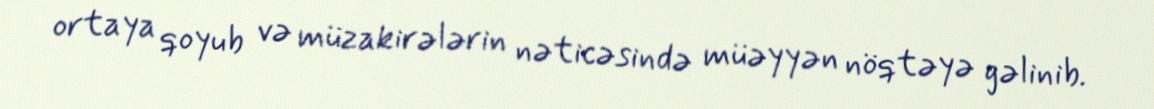
ortaya qoyub və müzakirələrin nəticəsində müəyyən nöqtəyə gəlinib.